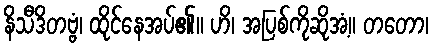
နိသီဒိတဗ္ဗံ၊ ထိုင်နေအပ်၏။ ဟိ၊ အပြစ်ကိုဆိုအံ့။ တတော၊